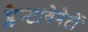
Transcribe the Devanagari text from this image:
प्लैन्टागेनेटों